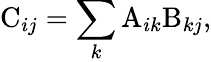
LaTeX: {\mathrm C_{ij}}=\sum_{k}{\mathrm A}_{ik}{\mathrm B}_{kj},